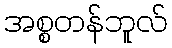
အစ္စတန်ဘူလ်